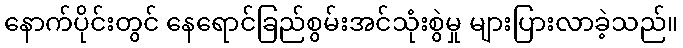
နောက်ပိုင်းတွင် နေရောင်ခြည်စွမ်းအင်သုံးစွဲမှု များပြားလာခဲ့သည်။